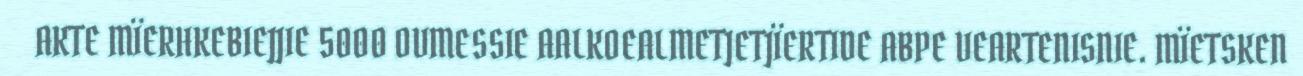
AKTE MÏERHKEBIEJJIE 5000 OVMESSIE AALKOEALMETJETJÏERTIDE ABPE VEARTENISNIE. MÏETSKEN